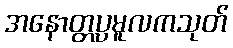
အနောတ္တပ္ပမူလကသုတ်